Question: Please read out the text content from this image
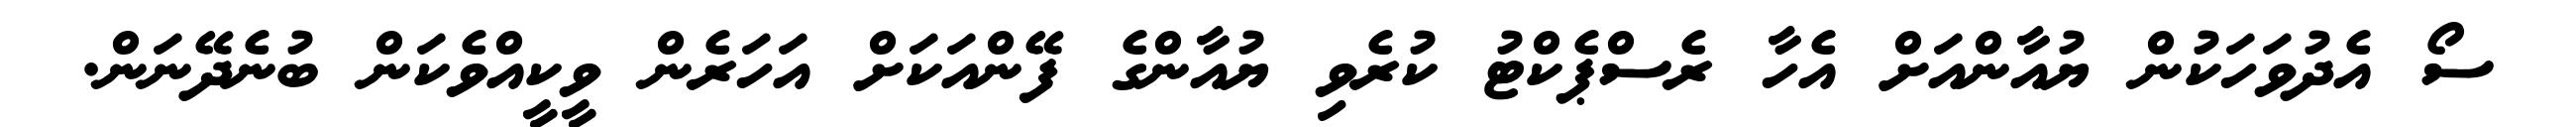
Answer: ސޯ އެދުވަހަކުން ޔުއާންއަށް އެހާ ރެސްޕެކްޓު ކުރެވި ޔުއާންގެ ފޭންއަކަށް އަހަރެން ވީކީއްވެކަން ބުނެދޭނަން.